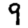
Digit: 9